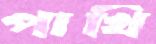
পাখি